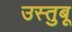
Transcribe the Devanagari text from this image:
उस्तुबू